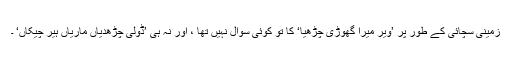
زمینی سچائی کے طور پر ’ویر میرا گھوڑی چڑھیا‘ کا تو کوئی سوال نہیں تھا ، اور نہ ہی ’ڈولی چڑھدیاں ماریاں ہیر چیکاں‘ ۔